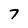
Character: 7